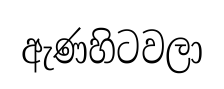
ඇණහිටවලා